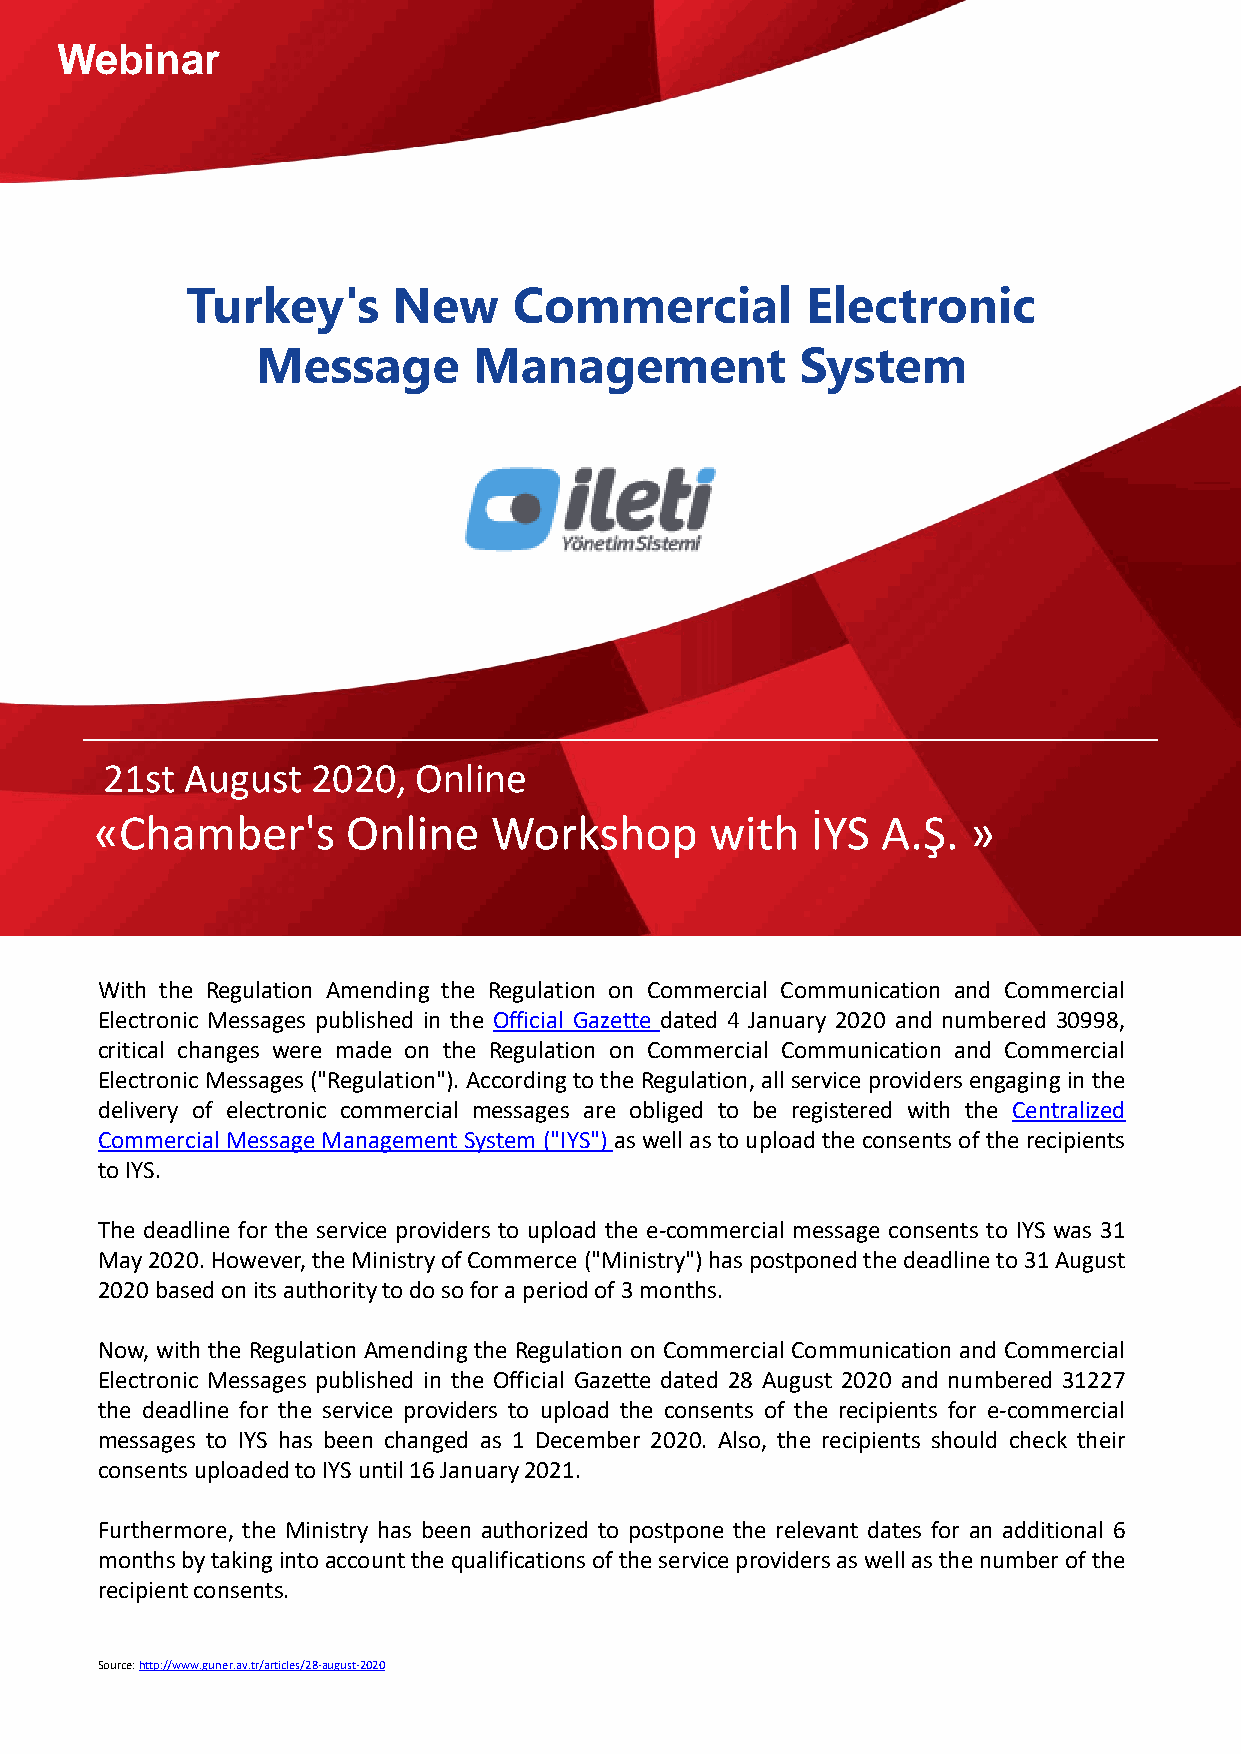
Webinar
 Turkey's      New     Commercial         Electronic
 Message       Management            System
 21st August   2020, Online
 «Chamber's       Online   Workshop       with   İYS A.Ş.  »
 With the Regulation Amending the Regulation on Commercial Communication and Commercial
 Electronic Messages published in the Official Gazette dated 4 January 2020 and numbered 30998,
 critical changes were made on the Regulation on Commercial Communication and Commercial
 ElectronicMessages ("Regulation").Accordingtothe Regulation,all service providers engaginginthe
 delivery of electronic commercial messages are obliged to be registered with the Centralized
 Commercial Message ManagementSystem ("IYS")aswell asto uploadthe consents of therecipients
 toIYS.
 The deadline for the service providers to upload the e-commercial message consents to IYS was 31
 May2020.However,theMinistryofCommerce("Ministry")haspostponedthedeadlineto31August
 2020basedonitsauthoritytodosoforaperiodof3months.
 Now, with the Regulation Amending the Regulation on Commercial Communication and Commercial
 Electronic Messages published in the Official Gazette dated 28 August 2020 and numbered 31227
 the deadline for the service providers to upload the consents of the recipients for e-commercial
 messages to IYS has been changed as 1 December 2020. Also, the recipients should check their
 consentsuploadedtoIYSuntil16January2021.
 Furthermore, the Ministry has been authorized to postpone the relevant dates for an additional 6
 monthsbytakingintoaccountthequalificationsoftheserviceprovidersaswellasthenumberofthe
 recipientconsents.
 Source: http://www.guner.av.tr/articles/28-august-2020